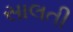
સાલતી